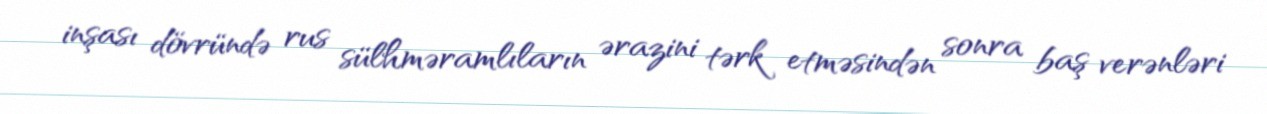
inşası dövründə rus sülhməramlıların ərazini tərk etməsindən sonra baş verənləri